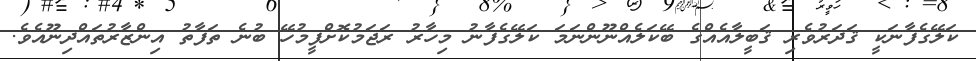
ކަލޭގެފާނަކީ ޤަދަރުވެރި ޤަބީލާއެއްގެ ބޭކަލެއްނޫންނަމަ ކަލޭގެފާނު މިހާރު ރަޖަމުކޮށްފީމުހޭ ބުނެ ތަފާތު އިންޒާރުތައްދިނޫއެވެ.